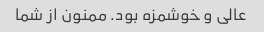
عالی و خوشمزه بود. ممنون از شما